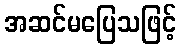
အဆင်မပြေသဖြင့်